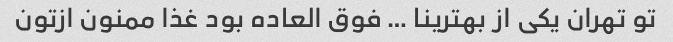
تو تهران یکی از بهترینا … فوق العاده بود غذا ممنون ازتون